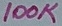
Text: 100K